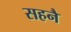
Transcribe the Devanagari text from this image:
सहनै